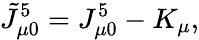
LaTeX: \tilde{J}_{\mu 0}^{5}=J_{\mu 0}^{5}-K_{\mu},